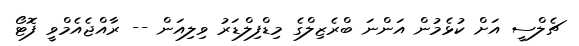
ޗެލްސީ އަށް ކުޅެމުން އަންނަ ބްރެޒިލްގެ މިޑްފިލްޑަރު ވިލިއަން -- ރާއްޖެއެމްވީ ފޮޓޯ